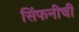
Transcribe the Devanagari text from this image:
सिंफनीची